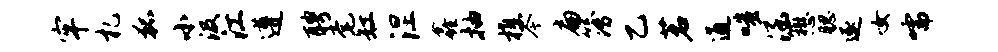
牢札狐小汲江遵聘毫缸涅鑫抽樵今扁簿乙茗通嗤涵懋腮逐女嚅